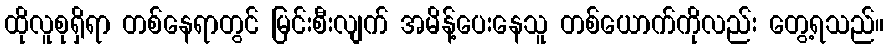
ထိုလူစုရှိရာ တစ်နေရာတွင် မြင်းစီးလျက် အမိန့်ပေးနေသူ တစ်ယောက်ကိုလည်း တွေ့ရသည်။